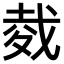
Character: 𢧇